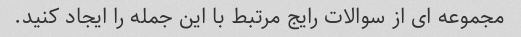
مجموعه ای از سوالات رایج مرتبط با این جمله را ایجاد کنید.